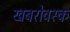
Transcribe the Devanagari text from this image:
खबरोवस्क